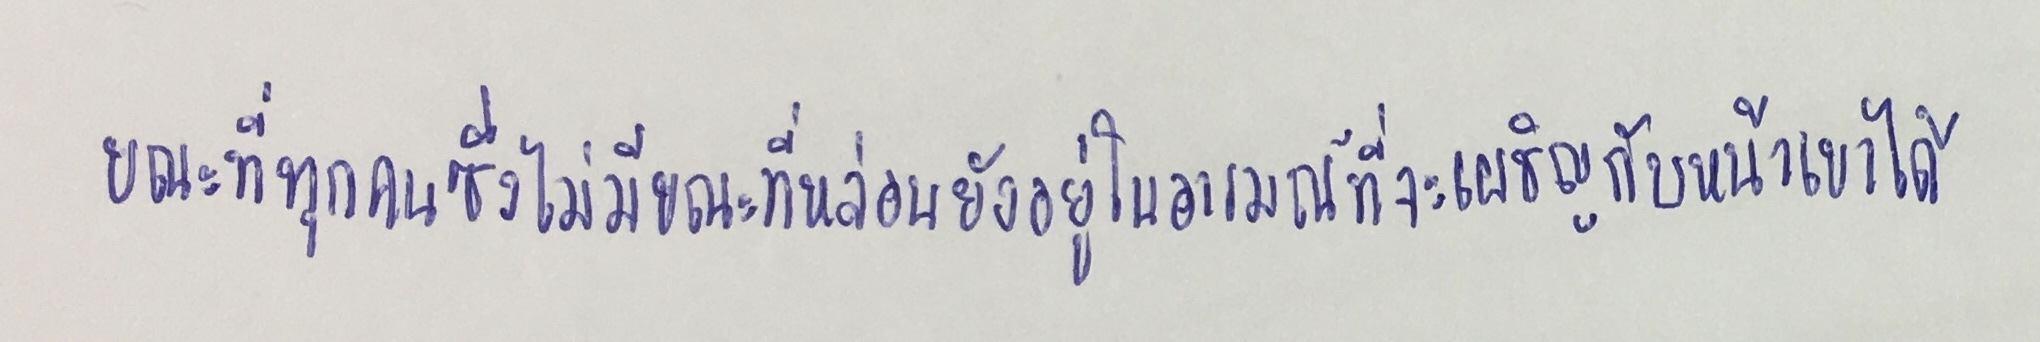
ขณะที่ทุกคนซึ่งไม่มีขณะที่หล่อนยังอยู่ในอารมณ์ที่จะเผชิญกับหน้าเขาได้